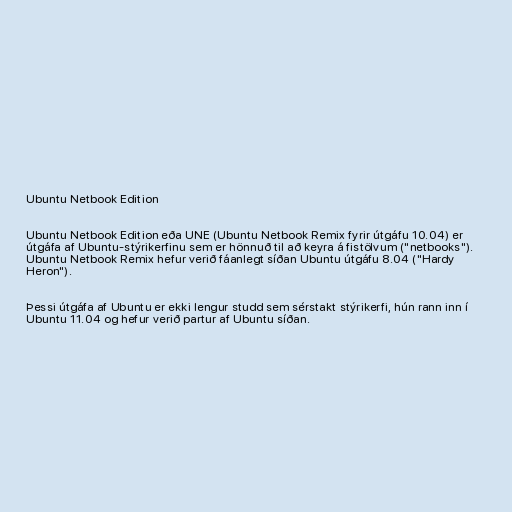
Ubuntu Netbook Edition

Ubuntu Netbook Edition eða UNE (Ubuntu Netbook Remix fyrir útgáfu 10.04) er
útgáfa af Ubuntu-stýrikerfinu sem er hönnuð til að keyra á fistölvum ("netbooks").
Ubuntu Netbook Remix hefur verið fáanlegt síðan Ubuntu útgáfu 8.04 ("Hardy
Heron").

Þessi útgáfa af Ubuntu er ekki lengur studd sem sérstakt stýrikerfi, hún rann inn í
Ubuntu 11.04 og hefur verið partur af Ubuntu síðan.